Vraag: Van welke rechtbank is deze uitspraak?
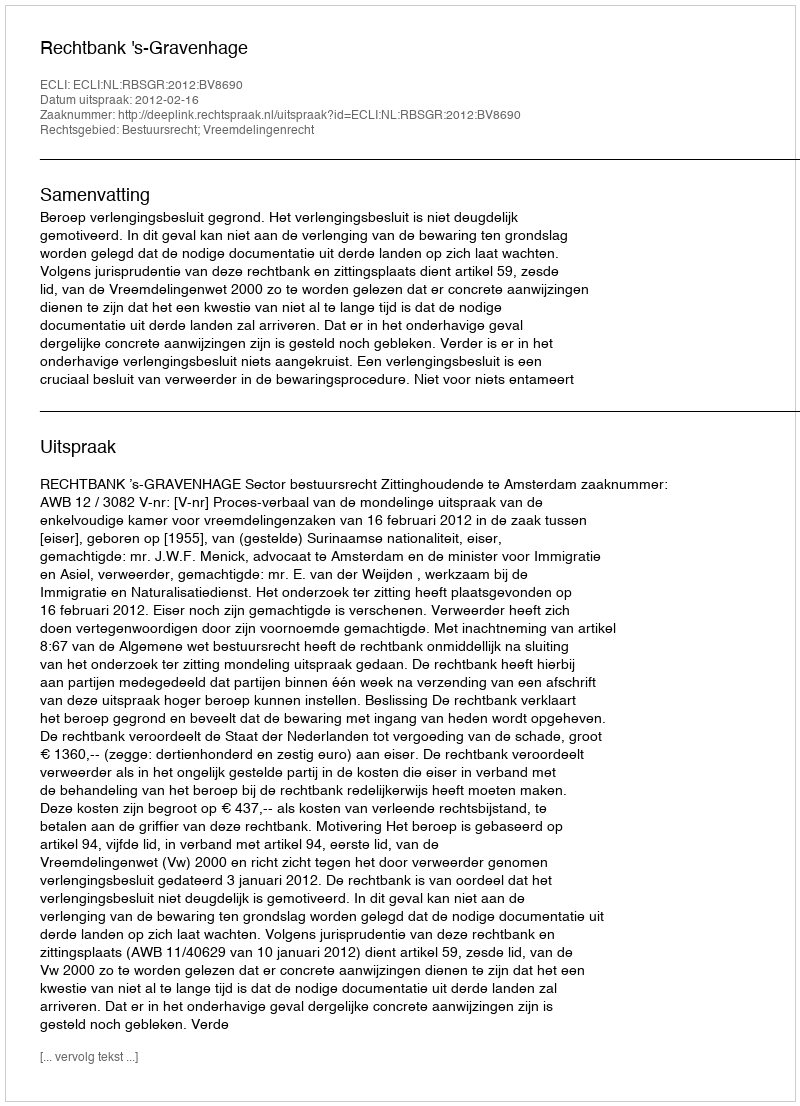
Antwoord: Rechtbank 's-Gravenhage